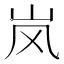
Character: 岚